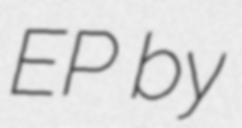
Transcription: EP by